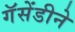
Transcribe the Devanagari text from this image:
गॅसेंडीने